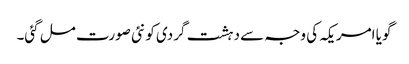
گویا امریکہ کی وجہ سے دہشت گردی کو نئی صورت مل گئی۔